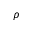
\boldsymbol \rho